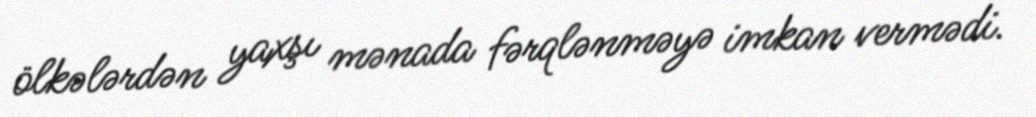
ölkələrdən yaxşı mənada fərqlənməyə imkan vermədi.